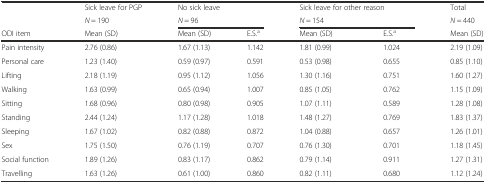
<table><thead><tr><td rowspan="2"></td><td><b>Sick leave for PGP</b></td><td colspan="2"><b>No sick leave</b></td><td colspan="2"><b>Sick leave for other reason</b></td><td><b>Total</b></td></tr><tr><td><b><i>N</i> = 190</b></td><td colspan="2"><b><i>N</i> = 96</b></td><td colspan="2"><b><i>N</i> = 154</b></td><td><b><i>N</i> = 440</b></td></tr><tr><td><b>ODI item</b></td><td><b>Mean (SD)</b></td><td><b>Mean (SD)</b></td><td><b>E.S.<sup>a</sup></b></td><td><b>Mean (SD)</b></td><td><b>E.S.<sup>a</sup></b></td><td><b>Mean (SD)</b></td></tr></thead><tbody><tr><td>Pain intensity</td><td>2.76 (0.86)</td><td>1.67 (1.13)</td><td>1.142</td><td>1.81 (0.99)</td><td>1.024</td><td>2.19 (1.09)</td></tr><tr><td>Personal care</td><td>1.23 (1.40)</td><td>0.59 (0.97)</td><td>0.591</td><td>0.53 (0.98)</td><td>0.655</td><td>0.85 (1.10)</td></tr><tr><td>Lifting</td><td>2.18 (1.19)</td><td>0.95 (1.12)</td><td>1.056</td><td>1.30 (1.16)</td><td>0.751</td><td>1.60 (1.27)</td></tr><tr><td>Walking</td><td>1.63 (0.99)</td><td>0.65 (0.94)</td><td>1.007</td><td>0.85 (1.05)</td><td>0.762</td><td>1.15 (1.09)</td></tr><tr><td>Sitting</td><td>1.68 (0.96)</td><td>0.80 (0.98)</td><td>0.905</td><td>1.07 (1.11)</td><td>0.589</td><td>1.28 (1.08)</td></tr><tr><td>Standing</td><td>2.44 (1.24)</td><td>1.17 (1.28)</td><td>1.018</td><td>1.48 (1.27)</td><td>0.769</td><td>1.83 (1.37)</td></tr><tr><td>Sleeping</td><td>1.67 (1.02)</td><td>0.82 (0.88)</td><td>0.872</td><td>1.04 (0.88)</td><td>0.657</td><td>1.26 (1.01)</td></tr><tr><td>Sex</td><td>1.75 (1.50)</td><td>0.76 (1.19)</td><td>0.707</td><td>0.76 (1.30)</td><td>0.701</td><td>1.18 (1.45)</td></tr><tr><td>Social function</td><td>1.89 (1.26)</td><td>0.83 (1.17)</td><td>0.862</td><td>0.79 (1.14)</td><td>0.911</td><td>1.27 (1.31)</td></tr><tr><td>Travelling</td><td>1.63 (1.26)</td><td>0.61 (1.00)</td><td>0.860</td><td>0.82 (1.11)</td><td>0.680</td><td>1.12 (1.24)</td></tr></tbody></table>